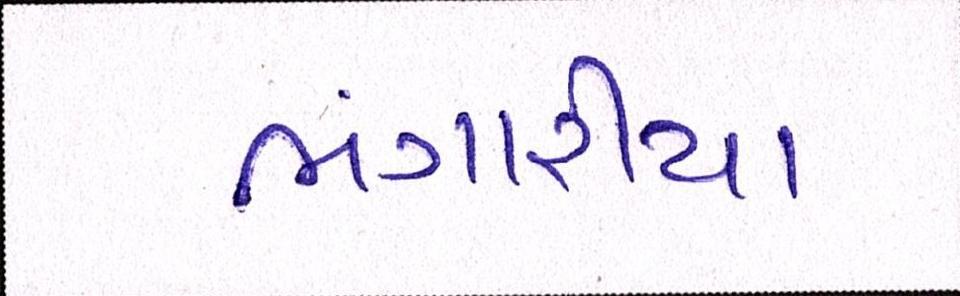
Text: ભંગારીયા